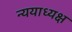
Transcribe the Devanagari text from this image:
न्ययाध्यक्ष